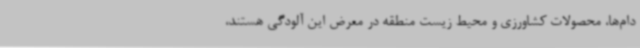
دام‌ها، محصولات کشاورزی و محیط زیست منطقه در معرض این آلودگی هستند،